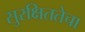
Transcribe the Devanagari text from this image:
सुरक्षिततेचा